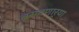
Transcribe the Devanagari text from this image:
बसवणार्‍या